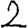
Digit: 2